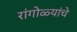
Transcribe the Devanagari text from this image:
रांगोळ्यांचे